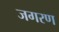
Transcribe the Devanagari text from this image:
जगरण